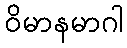
ဝိမာနမာဂါ